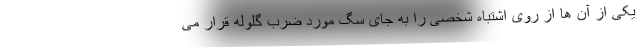
یکی از آن ها از روی اشتباه شخصی را به جای سگ مورد ضرب گلوله قرار می